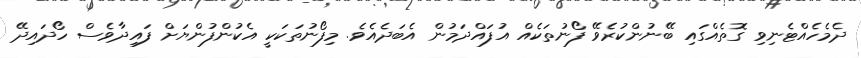
ދެމެހެއްޓެނިވި ގޮތެއްގައި ބޭނުންކުރެވޭ ފޯނުތަކެއް އުފައްދަމުން އެބަދެއެވެ. މިފޯނުތަކަކީ އެކުންފުންޔަށް ފައިދާވެސް ހޯދައިދޭ